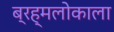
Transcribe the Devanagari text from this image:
ब्रह्मलोकाला